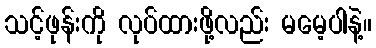
သင့်ဖုန်းကို လုပ်ထားဖို့လည်း မမေ့ပါနဲ့။